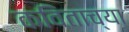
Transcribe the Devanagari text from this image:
कविताच्या